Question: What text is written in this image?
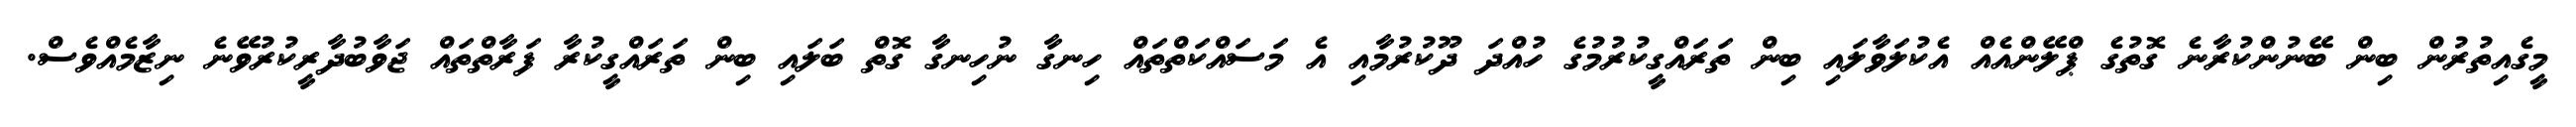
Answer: މީގެއިތުރުން ބިން ބޭނުންކުރާނެ ގޮތުގެ ޕްލޭންއެއް އެކުލަވާލައި ބިން ތަރައްގީކުރުމުގެ ހުއްދަ ދޫކުރުމާއި އެ މަސައްކަތްތައް ހިނގާ ނުހިނގާ ގޮތް ބަލައި ބިން ތަރައްގީކުރާ ފަރާތްތައް ޖަވާބުދާރީކުރުވޭނެ ނިޒާމެއްވެސް.